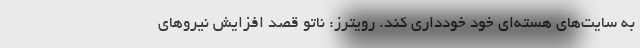
به سایت‌های هسته‌ای خود خودداری کند. رویترز: ناتو قصد افزایش نیروهای